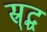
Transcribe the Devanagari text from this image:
स्र्द्ध